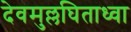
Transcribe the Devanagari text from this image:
देवमुल्लघिताध्वा